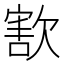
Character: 𣣶